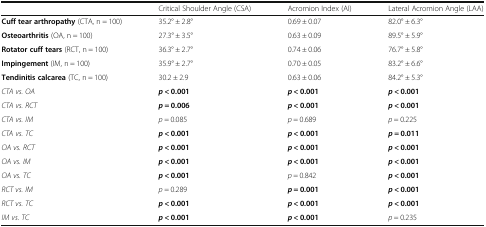
|  | Critical Shoulder Angle (CSA) | Acromion Index (AI) | Lateral Acromion Angle (LAA) |
 | --- | --- | --- | --- |
 | Cuff tear arthropathy (CTA, n = 100) | 35.2° ± 2.8° | 0.69 ± 0.07 | 82.0° ± 6.3° |
 | Osteoarthritis (OA, n = 100) | 27.3° ± 3.5° | 0.63 ± 0.09 | 89.5° ± 5.9° |
 | Rotator cuff tears (RCT, n = 100) | 36.3° ± 2.7° | 0.74 ± 0.06 | 76.7° ± 5.8° |
 | Impingement (IM, n = 100) | 35.9° ± 2.7° | 0.70 ± 0.05 | 83.2° ± 6.6° |
 | Tendinitis calcarea (TC, n = 100) | 30.2 ± 2.9 | 0.63 ± 0.06 | 84.2° ± 5.3° |
 | CTA vs. OA | p < 0.001 | p < 0.001 | p < 0.001 |
 | CTA vs. RCT | p = 0.006 | p < 0.001 | p < 0.001 |
 | CTA vs. IM | p = 0.085 | p = 0.689 | p = 0.225 |
 | CTA vs. TC | p < 0.001 | p < 0.001 | p = 0.011 |
 | OA vs. RCT | p < 0.001 | p < 0.001 | p < 0.001 |
 | OA vs. IM | p < 0.001 | p < 0.001 | p < 0.001 |
 | OA vs. TC | p < 0.001 | p = 0.842 | p < 0.001 |
 | RCT vs. IM | p = 0.289 | p = 0.001 | p < 0.001 |
 | RCT vs. TC | p < 0.001 | p < 0.001 | p < 0.001 |
 | IM vs. TC | p < 0.001 | p < 0.001 | p = 0.235 |